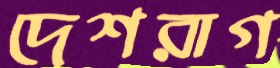
দেশরাগ